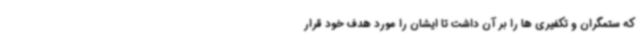
که ستمگران و تکفیری ها را بر آن داشت تا ایشان را مورد هدف خود قرار